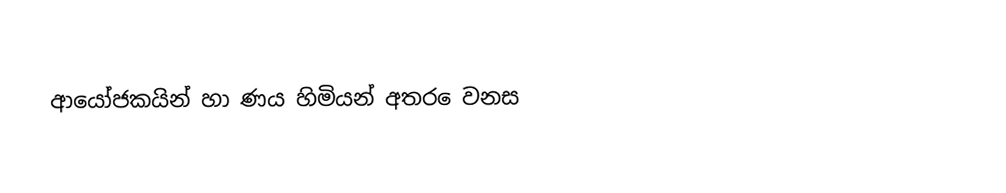
ආයෝජකයින් හා ණය හිමියන් අතර ෙවනස